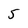
Character: 5